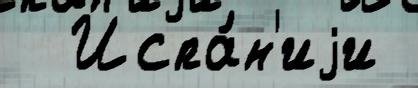
  Испа́н'иjи